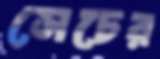
সেচের